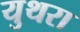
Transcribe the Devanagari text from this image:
युथरा